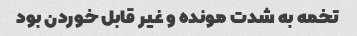
تخمه به شدت مونده و غیر قابل خوردن بود